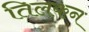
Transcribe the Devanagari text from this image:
तिलकन